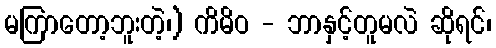
မကြာတော့ဘူးတဲ့၊) ကိမိဝ - ဘာနှင့်တူမလဲ ဆိုရင်၊